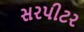
સરપીટર